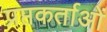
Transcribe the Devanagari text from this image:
प्रप्तकर्ताओं